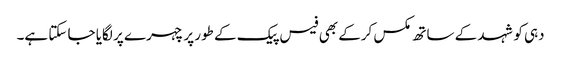
دہی کو شہد کے ساتھ مکس کرکے بھی فیس پیک کے طور پر چہرے پر لگایا جا سکتا ہے۔